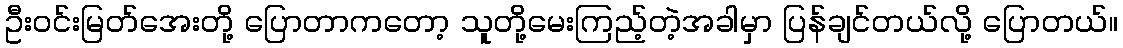
ဦးဝင်းမြတ်အေးတို့ ပြောတာကတော့ သူတို့မေးကြည့်တဲ့အခါမှာ ပြန်ချင်တယ်လို့ ပြောတယ်။